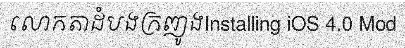
លោកតាដំបងក្រញូងInstalling iOS 4.0 Mod